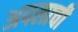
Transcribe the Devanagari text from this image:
अपलाची